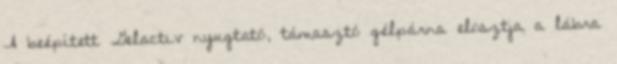
A beépített Gelactiv nyugtató, támasztó gélpárna elosztja a lábra